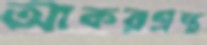
আকরগ্রন্থ